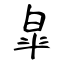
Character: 皐